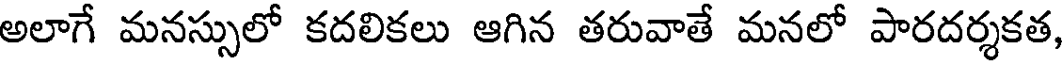
అలాగే మనస్సులో కదలికలు ఆగిన తరువాతే మనలో పారదర్శకత,